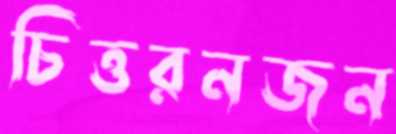
চিত্তরনজন